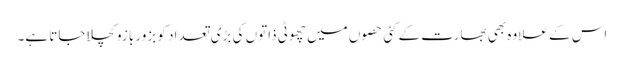
اس کے علاوہ بھی بھارت کے کئی حصوں میں چھوٹی ذاتوں کی بڑی تعداد کو بزور بازو کچلا جاتا ہے۔